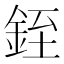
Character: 銍